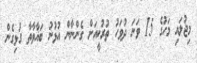
މިޖުލައި މަހުގެ 15 ވަނަ ދުވަހު ތުރުކީއަށް ގެންނާން އުޅުނު ބަޣާވާތާ ގުޅިގެން